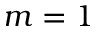
m = 1